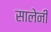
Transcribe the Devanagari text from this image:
सालेनी